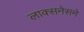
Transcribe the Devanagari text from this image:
लाक्सनेसने